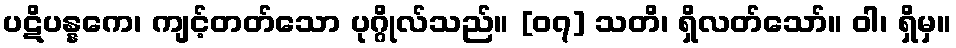
ပဋိပန္နကေ၊ ကျင့်တတ်သော ပုဂ္ဂိုလ်သည်။ [၀၇] သတိ၊ ရှိလတ်သော်။ ဝါ၊ ရှိမှ။